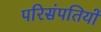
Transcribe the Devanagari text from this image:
परिसंपतियों